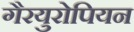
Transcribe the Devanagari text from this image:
गैरयुरोपियन